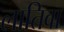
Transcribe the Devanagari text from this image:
लातिवा